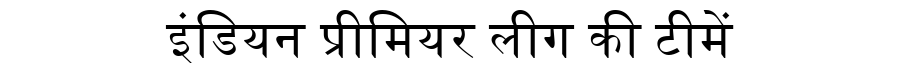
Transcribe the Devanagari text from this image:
इंडियन प्रीमियर लीग की टीमें